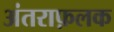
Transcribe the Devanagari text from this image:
अंतराफ़लक